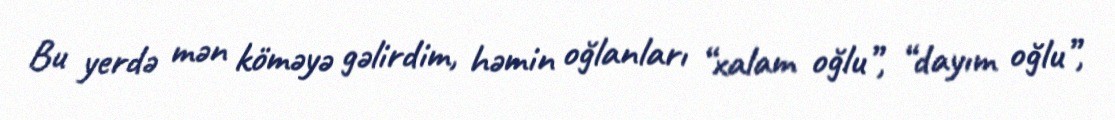
Bu yerdə mən köməyə gəlirdim, həmin oğlanları “xalam oğlu”, “dayım oğlu”,